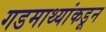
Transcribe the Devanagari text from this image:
गडमाथ्यांकडून